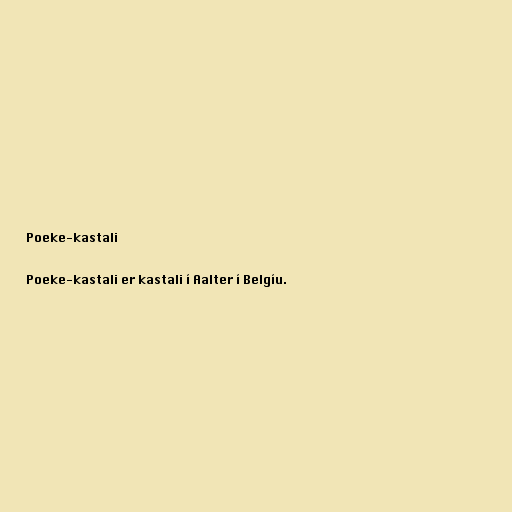
Poeke-kastali

Poeke-kastali er kastali í Aalter í Belgíu.